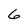
Character: 6